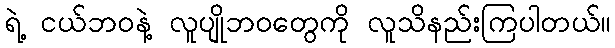
ရဲ့ ငယ်ဘဝနဲ့ လူပျိုဘဝတွေကို လူသိနည်းကြပါတယ်။